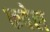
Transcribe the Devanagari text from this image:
कवेल